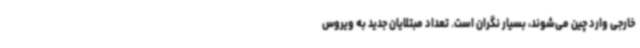
خارجی وارد چین می‌شوند، بسیار نگران است. تعداد مبتلایان جدید به ویروس